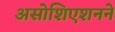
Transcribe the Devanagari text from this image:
असोशिएशनने